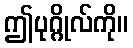
ဤပုဂ္ဂိုလ်ကို။